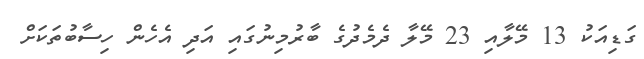
ގަޑިއަކު 13 މޭލާއި 23 މޭލާ ދެމެދުގެ ބާރުމިނުގައި އަދި އެހެން ހިސާބުތަކަށް